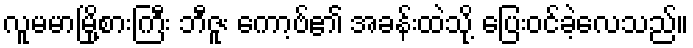
လူမမာမြို့စားကြီး ဘီဇူး ကော့ဗ်၏ အခန်းထဲသို့ ပြေးဝင်ခဲ့လေသည်။